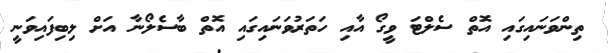
ތިންވަނައިގައި އޮތް ސެލްޓަ ވީގޯ އާއި ހަތަރުވަނައިގައި އޮތް ބާސެލޯނާ އަށް ލިބިފައިވަނީ